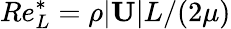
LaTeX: Re_{L}^{*}=\rho|\mathbf{U}|L/(2\mu)